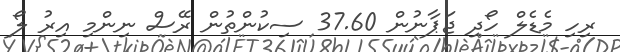
ރިހި މެޑެލް ހޯދި ޖަޕާނުން 37.60 ސިކުންތުން ރޭސް ނިންމި އިރު ލޯ